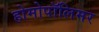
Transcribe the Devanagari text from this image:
होमोपॉलिमर